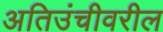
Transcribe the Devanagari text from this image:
अतिउंचीवरील